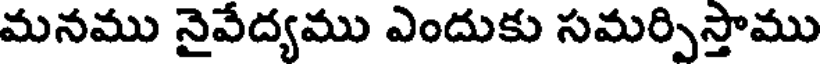
మనము నైవేద్యము ఎందుకు సమర్పిస్తాము